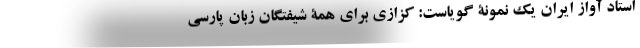
استاد آواز ایران یک نمونۀ گویاست: کزازی برای همۀ شیفتگان زبان پارسی